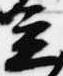
立